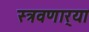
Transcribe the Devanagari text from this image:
स्त्रवणार्‍या